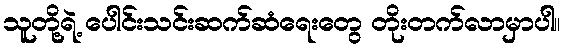
သူတို့ရဲ့ ပေါင်းသင်းဆက်ဆံရေးတွေ တိုးတက်လာမှာပါ။